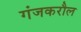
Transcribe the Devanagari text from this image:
गंजकरौल